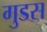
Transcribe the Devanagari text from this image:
गुडस